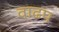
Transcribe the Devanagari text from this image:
वाढप